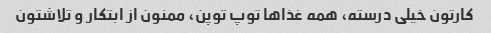
کارتون خیلی درسته، همه غذاها توپ توپن، ممنون از ابتکار و تلاشتون